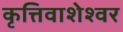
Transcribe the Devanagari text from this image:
कृत्तिवाशेश्वर